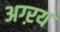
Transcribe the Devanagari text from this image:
अग्ऱय